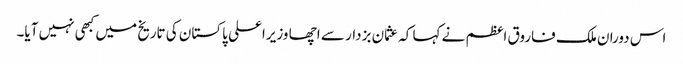
اس دوران ملک فاروق اعظم نے کہا کہ عثمان بزدار سے اچھا وزیراعلی پاکستان کی تاریخ میں کبھی نہیں آیا۔